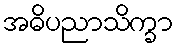
အဓိပညာသိက္ခာ